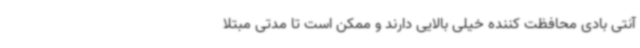
آنتی بادی محافظت کننده خیلی بالایی دارند و ممکن است تا مدتی مبتلا